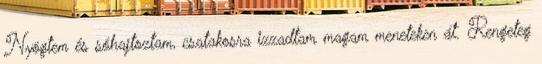
Nyögtem és sóhajtoztam, csatakosra izzadtam magam meneteken át. Rengeteg